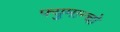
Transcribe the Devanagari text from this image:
फ्युमान्चो